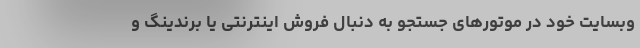
وبسایت خود در موتورهای جستجو به دنبال فروش اینترنتی یا برندینگ و